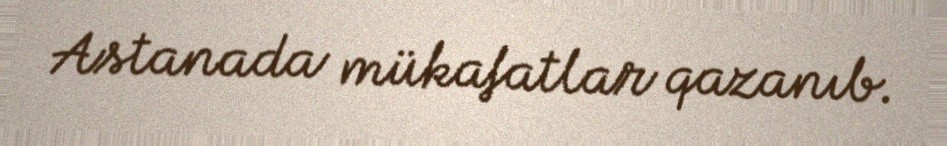
Astanada mükafatlar qazanıb.